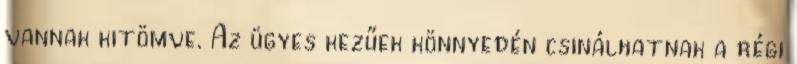
vannak kitömve. Az ügyes kezűek könnyedén csinálhatnak a régi